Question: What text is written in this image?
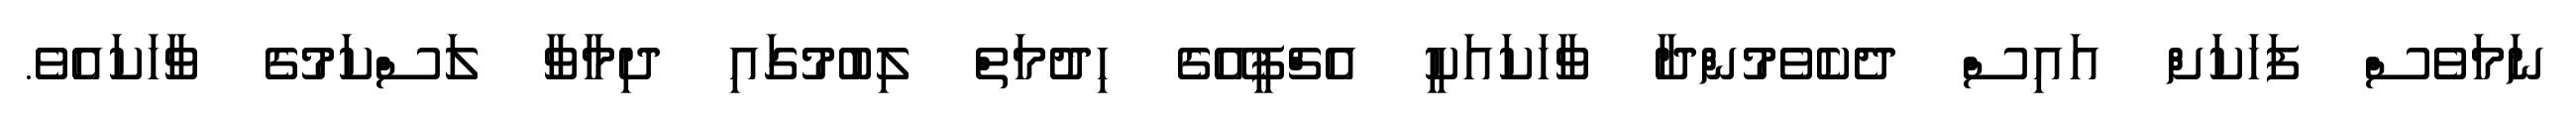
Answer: ނަމަވެސް ފަހަކަށް އައިސް ދެކެވެމުންދާ ވާހަކައަކީ އެޗްޕީއޭގެ ހިދުމަތް ލިބުމުގައި ދިމާވާ ލަސްކަމުގެ ވާހަކައެވެ.